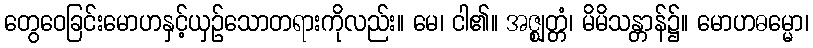
တွေဝေခြင်းမောဟနှင့်ယှဉ်သောတရားကိုလည်း။ မေ၊ ငါ၏။ အဇ္ဈတ္တံ၊ မိမိသန္တာန်၌။ မောဟဓမ္မော၊